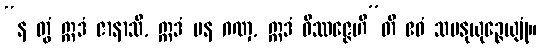
“န တွံ ဣဒံ ဇာနာသိ, ဣဒံ ပန ဂဏှ, ဣဒံ ဝိဿဇ္ဇေဟီ”တိ ဧဝံ သမနုယုဉ္ဇေယျုံ။